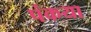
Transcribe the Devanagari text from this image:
पंकया